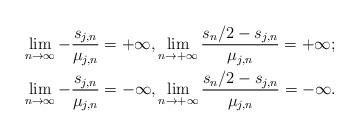
LaTeX: \begin{align*}& \lim_{n \to \infty} - \frac{s_{j,n}}{\mu_{j,n}} = + \infty, \lim_{n \to +\infty} \frac{s_n/2 - s_{j,n}}{\mu_{j,n}} = +\infty; \\& \lim_{n \to \infty} - \frac{s_{j,n}}{\mu_{j,n}} = - \infty, \lim_{n \to +\infty} \frac{s_n/2 - s_{j,n}}{\mu_{j,n}} = -\infty. \end{align*}